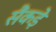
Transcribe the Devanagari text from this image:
सैंकड़े